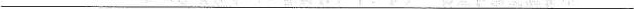
____